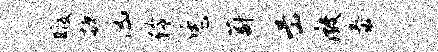
暇摭凶伶恁蔚岳微泰